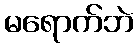
မရောက်ဘဲ